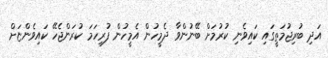
އަދި ބުރިޖުމަތީގައި ކައިވެނި ކުރުމަށް ބޭނުންވާ ދެމީހުން އެމީހުން ފުރިހަމަ ކުރަންޖެހޭ ކައިވެންޏަށް